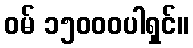
ဝမ် ၁၅၀၀၀ပါရှင်။